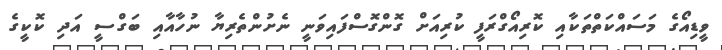
ވީޑިއޯގެ މަސައްކަތްތަކާއި ކޮރިއޯގްރަފީ ކުރިއަށް ގޮންގޮސްފައިވަނީ ނެށުންތެރިޔާ ނުހާއާއި ބަގްސީ އަދި ކޮކީގެ